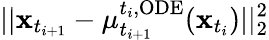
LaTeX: ||\mathbf{x}_{t_{i+1}}-\mu_{t_{i+1}}^{t_{i},\mathrm{ODE}}(\mathbf{x}_{t_{i}})||_{2}^{2}